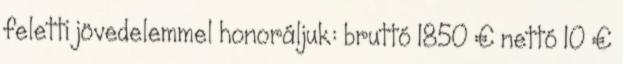
feletti jövedelemmel honoráljuk: bruttó 1850 € nettó 10 €